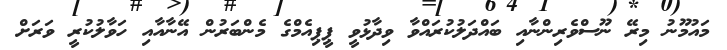
މައުމޫނު މިރޭ ނޫސްވެރިންނާއި ބައްދަލުކުރައްވާ ވިދާޅުވީ ޕީޕިއެމްގެ މެންބަރުން އޭނާއާއި ހަވާލުކުރީ ވަރަށް